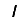
Digit: 1